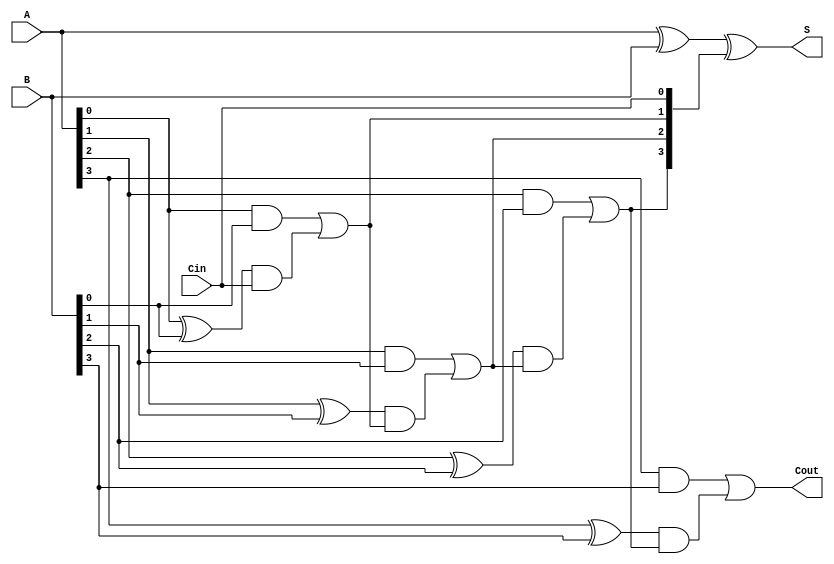
`timescale 1ns / 1ps
//////////////////////////////////////////////////////////////////////////////////
// Company: 
// Engineer: 
// 
// Design Name: 
// Module Name: carryLookAheadAdder
// Project Name: 
// Target Devices: 
// Tool Versions: 
// Description: 
// 
// Dependencies: 
// 
// Revision:
// Revision 0.01 - File Created
// Additional Comments:
// 
//////////////////////////////////////////////////////////////////////////////////


module CarryLookAheadAdder(
  input [3:0]A, B, 
  input Cin,
  output [3:0] S,
  output Cout
);
  wire [3:0] Ci; // Carry intermediate for intermediate computation
  
  assign Ci[0] = Cin;
  assign Ci[1] = (A[0] & B[0]) | ((A[0]^B[0]) & Ci[0]);
  //assign Ci[2] = (A[1] & B[1]) | ((A[1]^B[1]) & Ci[1]); expands to
  assign Ci[2] = (A[1] & B[1]) | ((A[1]^B[1]) & ((A[0] & B[0]) | ((A[0]^B[0]) & Ci[0])));
  //assign Ci[3] = (A[2] & B[2]) | ((A[2]^B[2]) & Ci[2]); expands to
  assign Ci[3] = (A[2] & B[2]) | ((A[2]^B[2]) & ((A[1] & B[1]) | ((A[1]^B[1]) & ((A[0] & B[0]) | ((A[0]^B[0]) & Ci[0])))));
  //assign Cout  = (A[3] & B[3]) | ((A[3]^B[3]) & Ci[3]); expands to
  assign Cout  = (A[3] & B[3]) | ((A[3]^B[3]) & ((A[2] & B[2]) | ((A[2]^B[2]) & ((A[1] & B[1]) | ((A[1]^B[1]) & ((A[0] & B[0]) | ((A[0]^B[0]) & Ci[0])))))));

  assign S = A^B^Ci;
endmodule